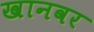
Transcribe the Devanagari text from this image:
खानवर